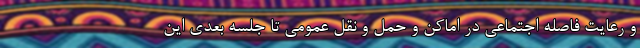
و رعایت فاصله اجتماعی در اماکن و حمل و نقل عمومی تا جلسه بعدی این